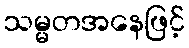
သမ္မတအနေဖြင့်